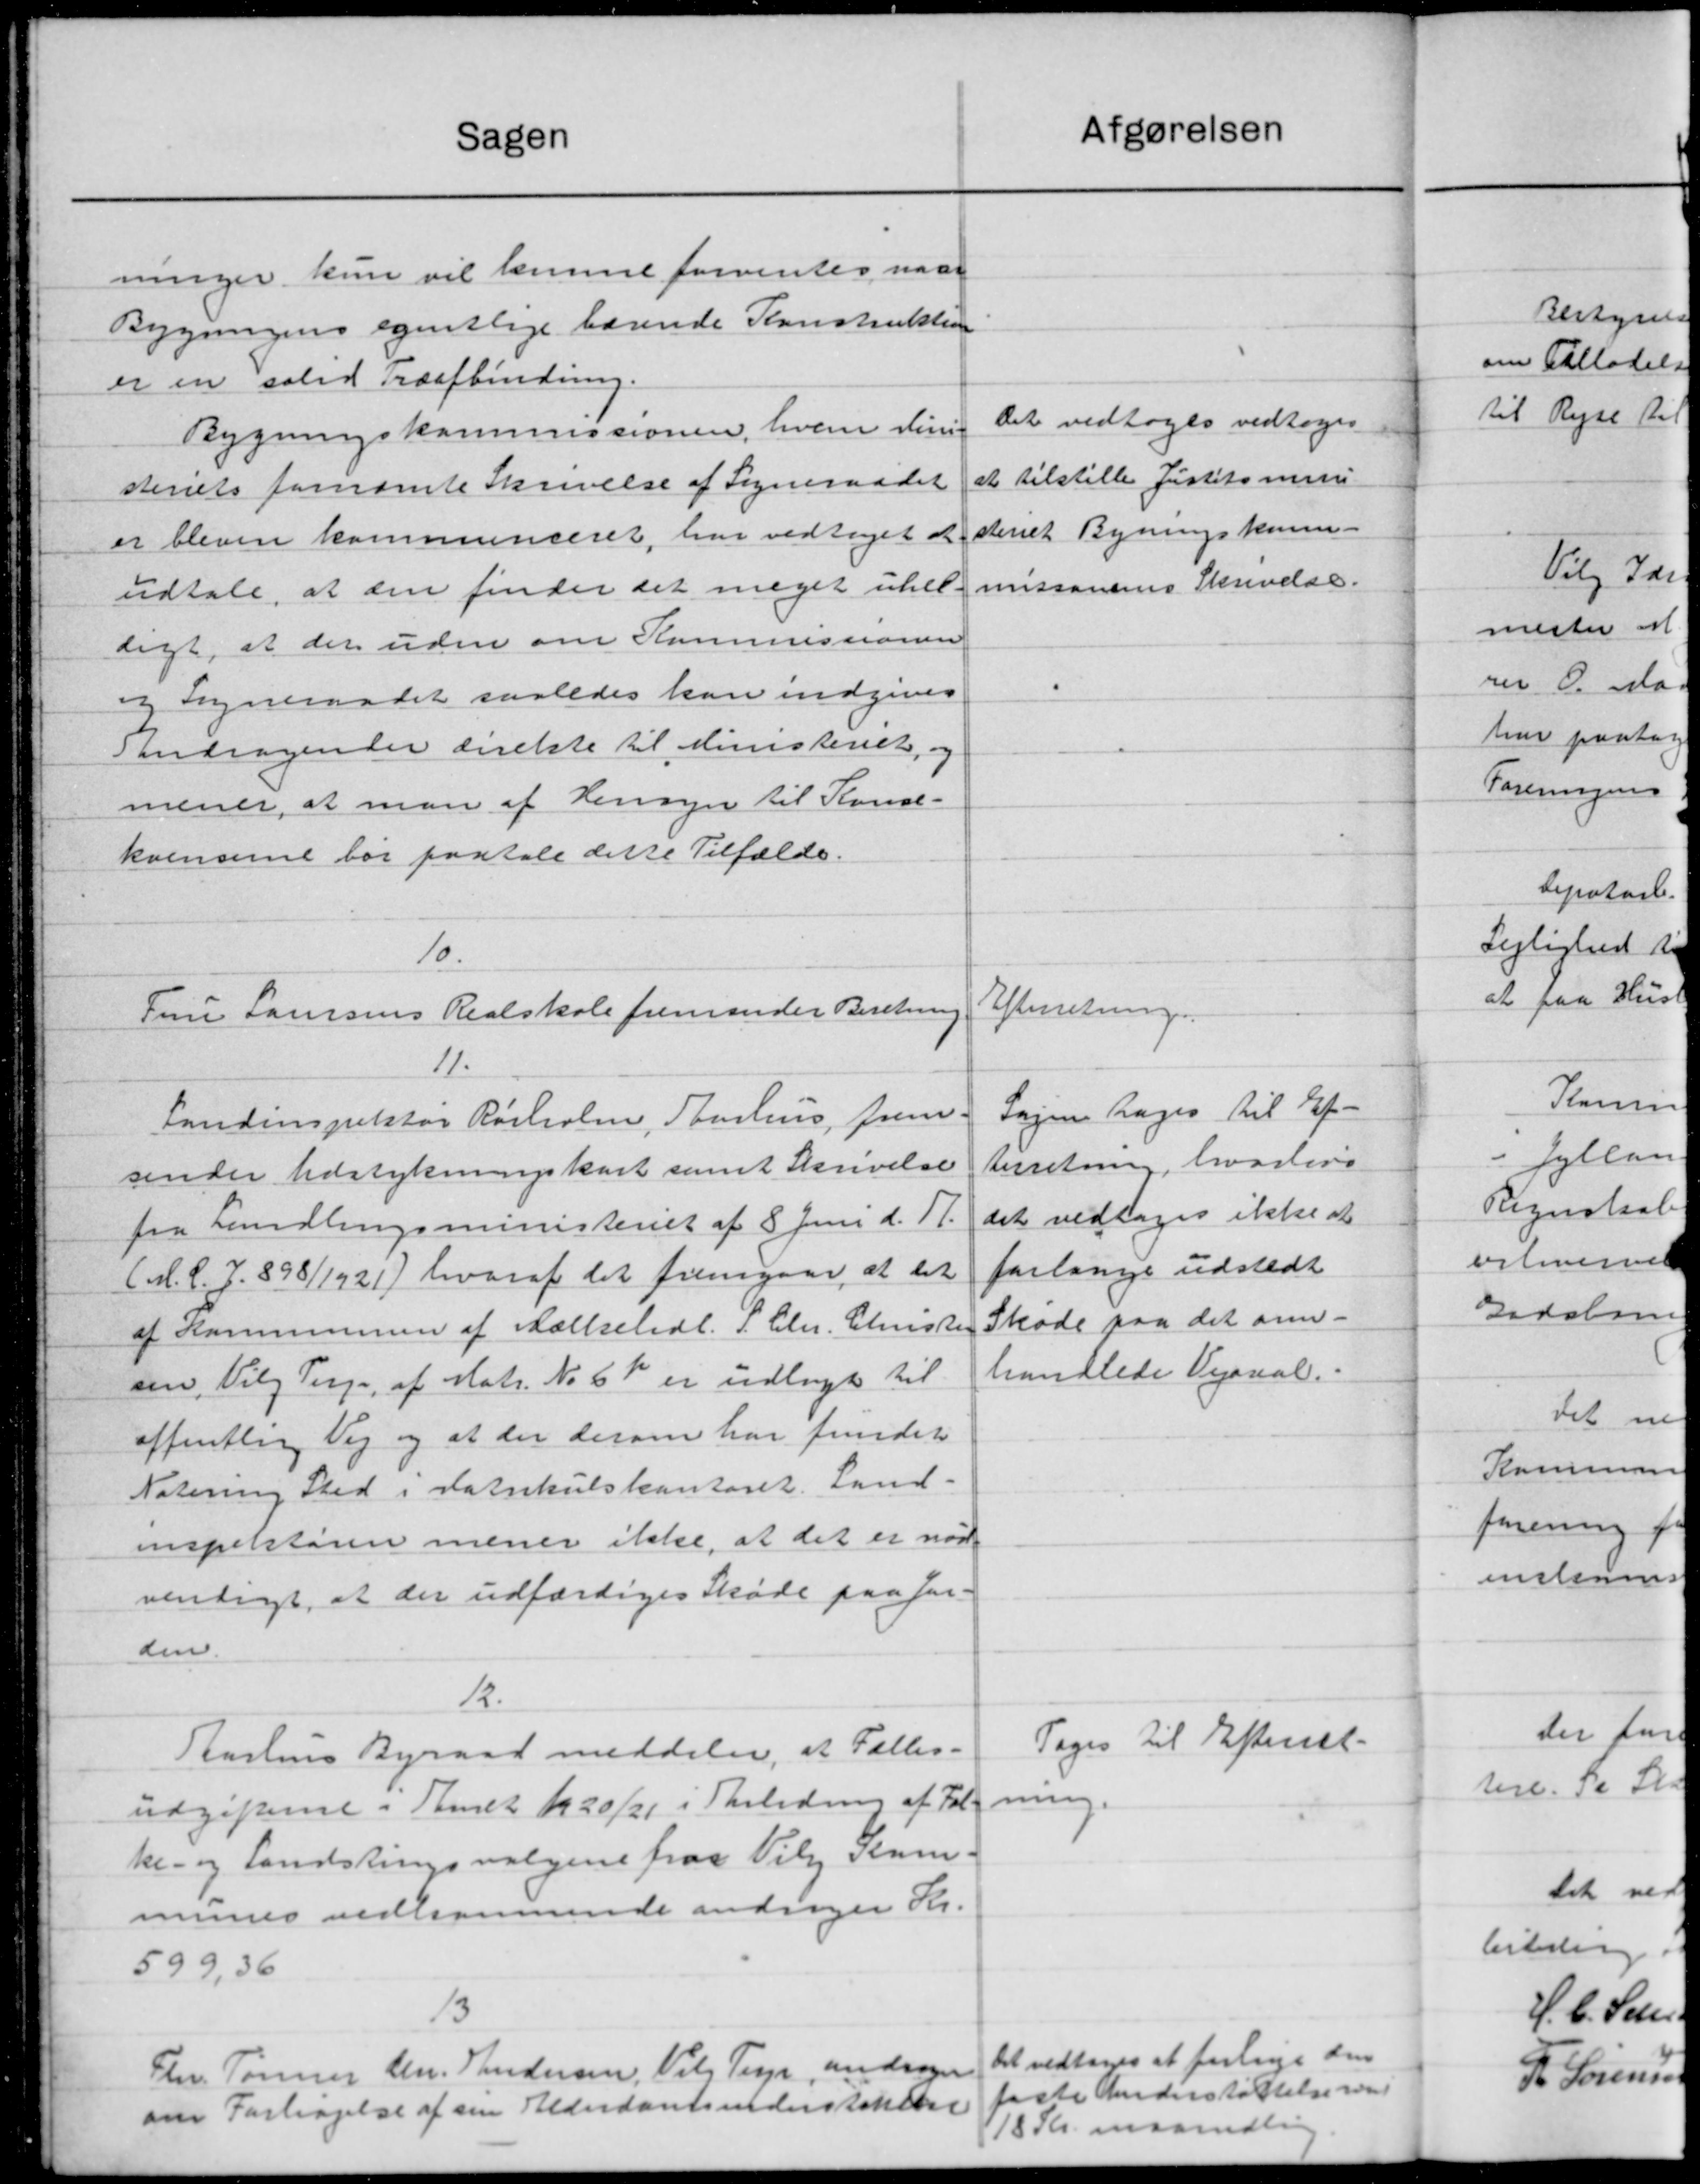
Transskription:
Sagen
ninger kun vil lemme forventes naar
Bygningens egentlige bærende Konstruktion
er en solid Træafbindring.
Bygningskommissionen, hvem dinis
steriets fornævnte Skrivelse af Sogneraadet
er bleven kommuneret, har vedtoges at
udtale, at den finder det meget uhel
ligt, at der uden om Kommissionen
og Sogneraadet saaledes kan indgives
Andragender direkte til Ministeriet, og
mener, at man af Hensyn til Konce-
kvenserne bor paatale dette Tilfælde.
10.
Fru Laursens Realskole fremsender Beretning
11.
Landinspektør Rørholm, Aarhus, frem
sender Udstykningskort samt Skrivelse
fra Landbrugsministeriet af 8 Juni d. 11.
(M. C. J. 898/1921) hvoraf det fremgaar, at det
af Kommunen af Mælketidl. P. Chr. Christen
sen, Vilg Terp. af Matr. No 6 Kr er udlagt til
offentlig Vej og at der derom har fundet
Notering Sted i Katrikulskontoret. Land-
inspektøren mener ikke, at det er nød-
vendigt, at der udfærdiges Skøde paa Jen-
den.
12.
Aarhus Byraad meddeler, at Fælles-
udgifterne i Aaret Kr 20/21 i Skoleding af Fol-
ke- og Landstingsvalgene paa Vily Sam.
munes vedkommende andrager Kr.
599,36
13
Fhr. Tømrer Chr. Andersen, Valg Teg, andrager
om Forhøjelse af sin Alderdomsunderstøttelse